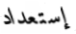
إستعداد